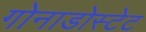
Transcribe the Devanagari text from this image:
गोनाडोस्टेट